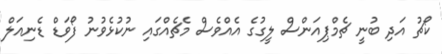
ކޯޗު އަދި ބުނީ ޗެމްޕިއަންސް ލީގުގެ އެއްވެސް މެޗެއްގައި ނުކުޅެވުނު ފޯވަޑް ޑެނިއަލް